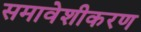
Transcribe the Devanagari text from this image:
समावेशीकरण